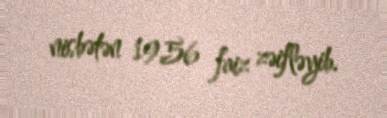
nisbətən 19,56 faiz zəifləyib.